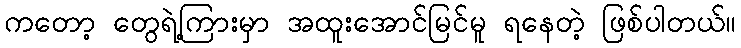
ကတော့ တွေရဲ့ကြားမှာ အထူးအောင်မြင်မူ ရနေတဲ့ ဖြစ်ပါတယ်။